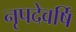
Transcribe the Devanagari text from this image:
नृपदेवर्षि